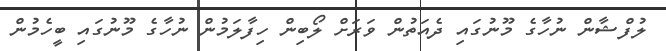
ލުފްޝާން ނުހާގެ މޫނުގައި ދެއަތުން ވަރަށް ލޯބިން ހިފާލަމުން ނުހާގެ މޫނުގައި ބީހެމުން